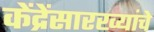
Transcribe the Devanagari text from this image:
केंद्रेंसारख्यांचे